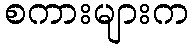
စကားများက